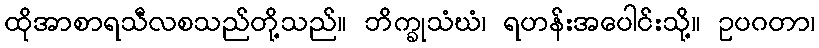
ထိုအာစာရသီလစသည်တို့သည်။ ဘိက္ခုသံဃံ၊ ရဟန်းအပေါင်းသို့။ ဥပဂတာ၊